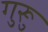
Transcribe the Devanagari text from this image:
गुरूु